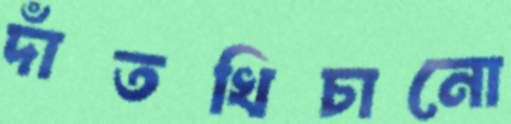
দাঁতখিচানো